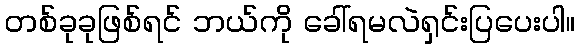
တစ်ခုခုဖြစ်ရင် ဘယ်ကို ခေါ်ရမလဲရှင်းပြပေးပါ။